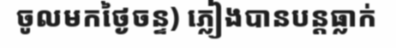
ចូលមកថ្ងៃចន្ទ) ភ្លៀងបានបន្តធ្លាក់